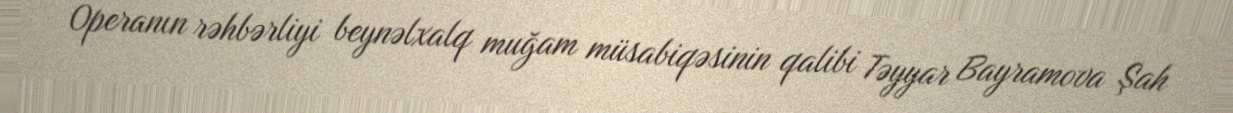
Operanın rəhbərliyi beynəlxalq muğam müsabiqəsinin qalibi Təyyar Bayramova Şah